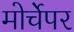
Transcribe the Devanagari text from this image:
मोर्चेपर